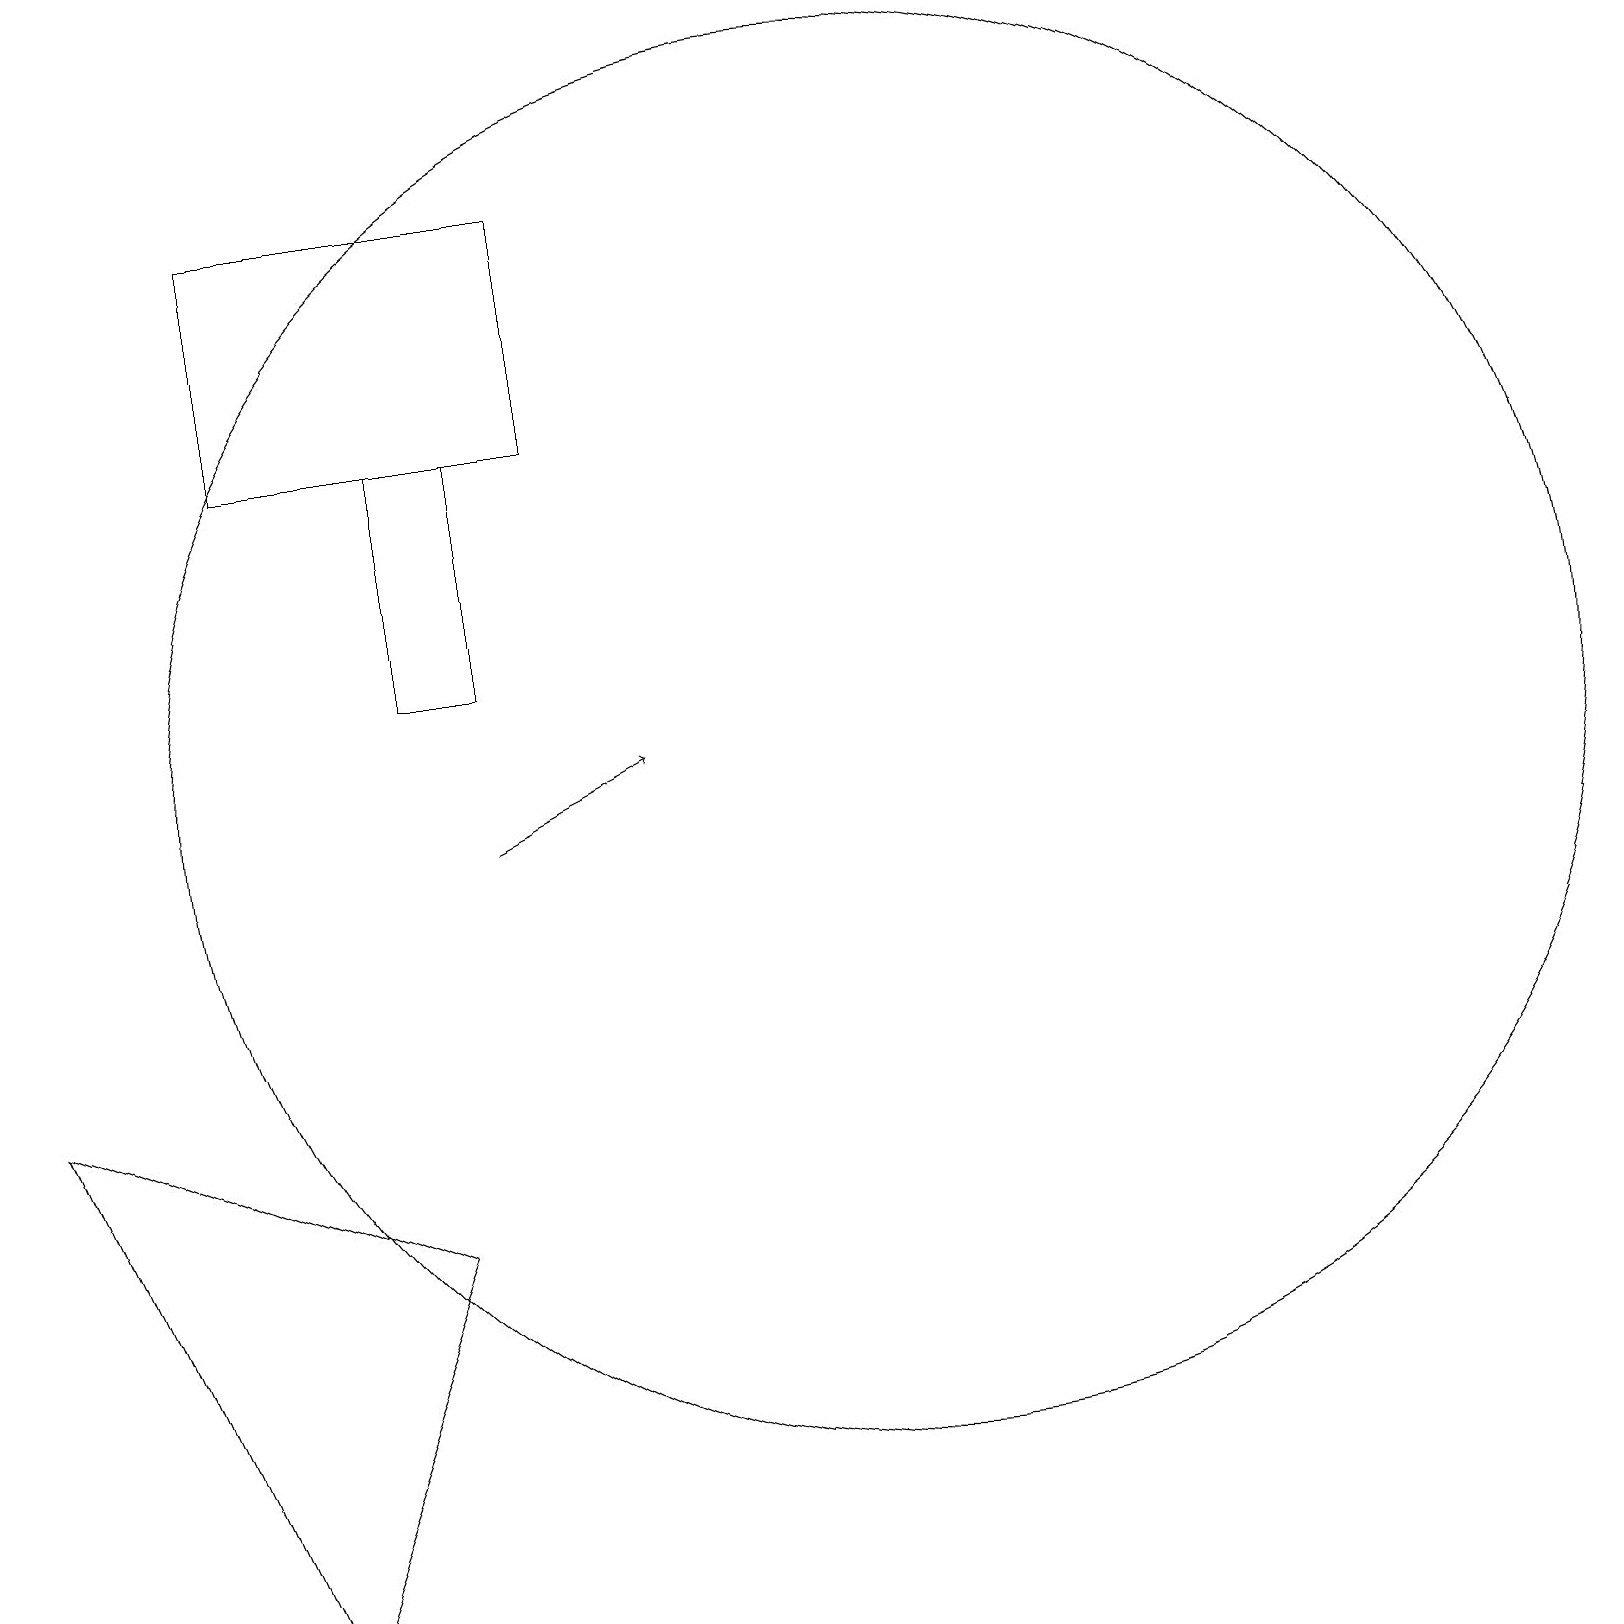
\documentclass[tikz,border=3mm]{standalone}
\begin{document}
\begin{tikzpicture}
\draw[->] (6,10) -- (8,11);
\draw (5,15) rectangle (6,12);
\draw (0,7) -- (3,0) -- (5,5) -- cycle;
\draw (11,11) circle (9);
\draw (3,15) rectangle (7,18);
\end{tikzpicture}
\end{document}